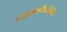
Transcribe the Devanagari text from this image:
द्रायुयामिकीतील